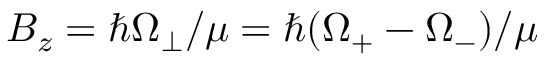
B _ { z } = \hbar \Omega _ { \perp } / \mu = \hbar ( \Omega _ { + } - \Omega _ { - } ) / \mu